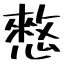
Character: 憗